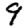
Digit: 9